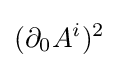
(\partial _{0}A^{i})^{2}